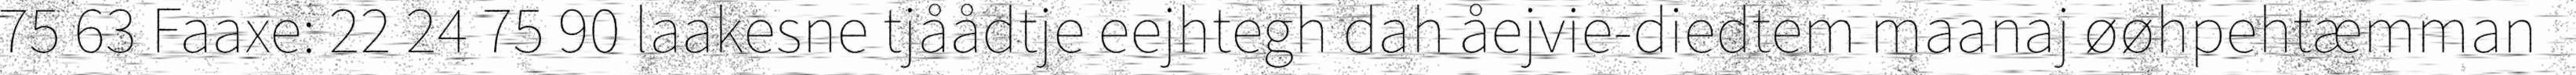
75 63 Faaxe: 22 24 75 90 laakesne tjåådtje eejhtegh dah åejvie-diedtem maanaj øøhpehtæmman